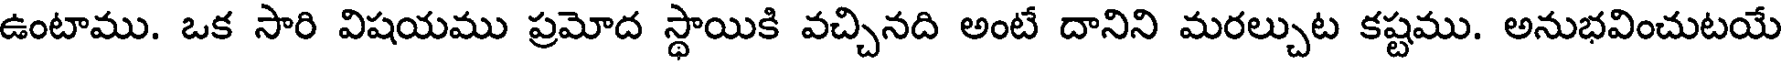
ఉంటాము. ఒక సారి విషయము ప్రమోద స్థాయికి వచ్చినది అంటే దానిని మరల్చుట కష్టము. అనుభవించుటయే